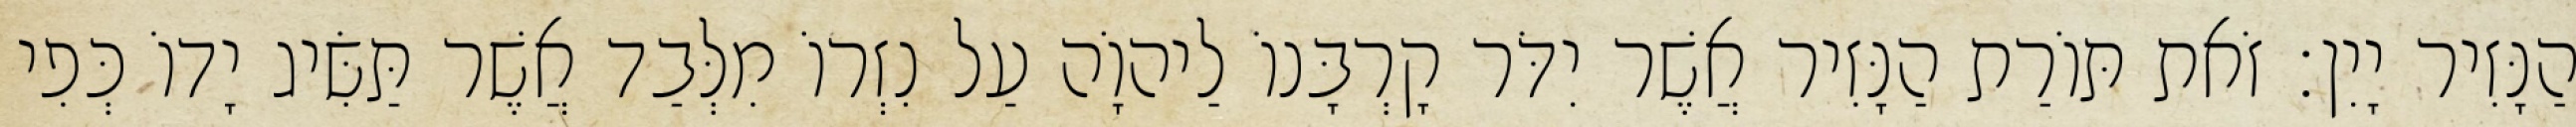
הַנָּזִיר יָיִן׃ זֹאת תּוֹרַת הַנָּזִיר אֲשֶׁר יִדֹּר קָרְבָּנוֹ לַיהוָֹה עַל נִזְרוֹ מִלְּבַד אֲשֶׁר תַּשִּׂיג יָדוֹ כְּפִי